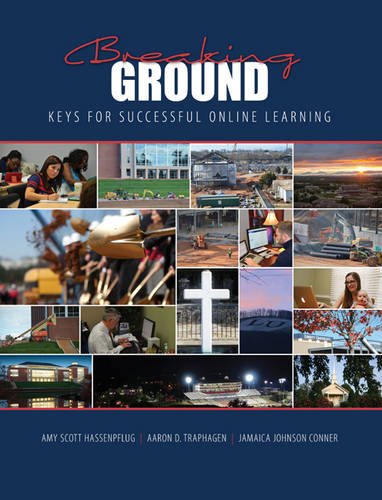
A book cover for Breaking Ground: Keys for Successful Online Learning; HASSENPFLUG  AMY SCOTT; Education & Teaching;